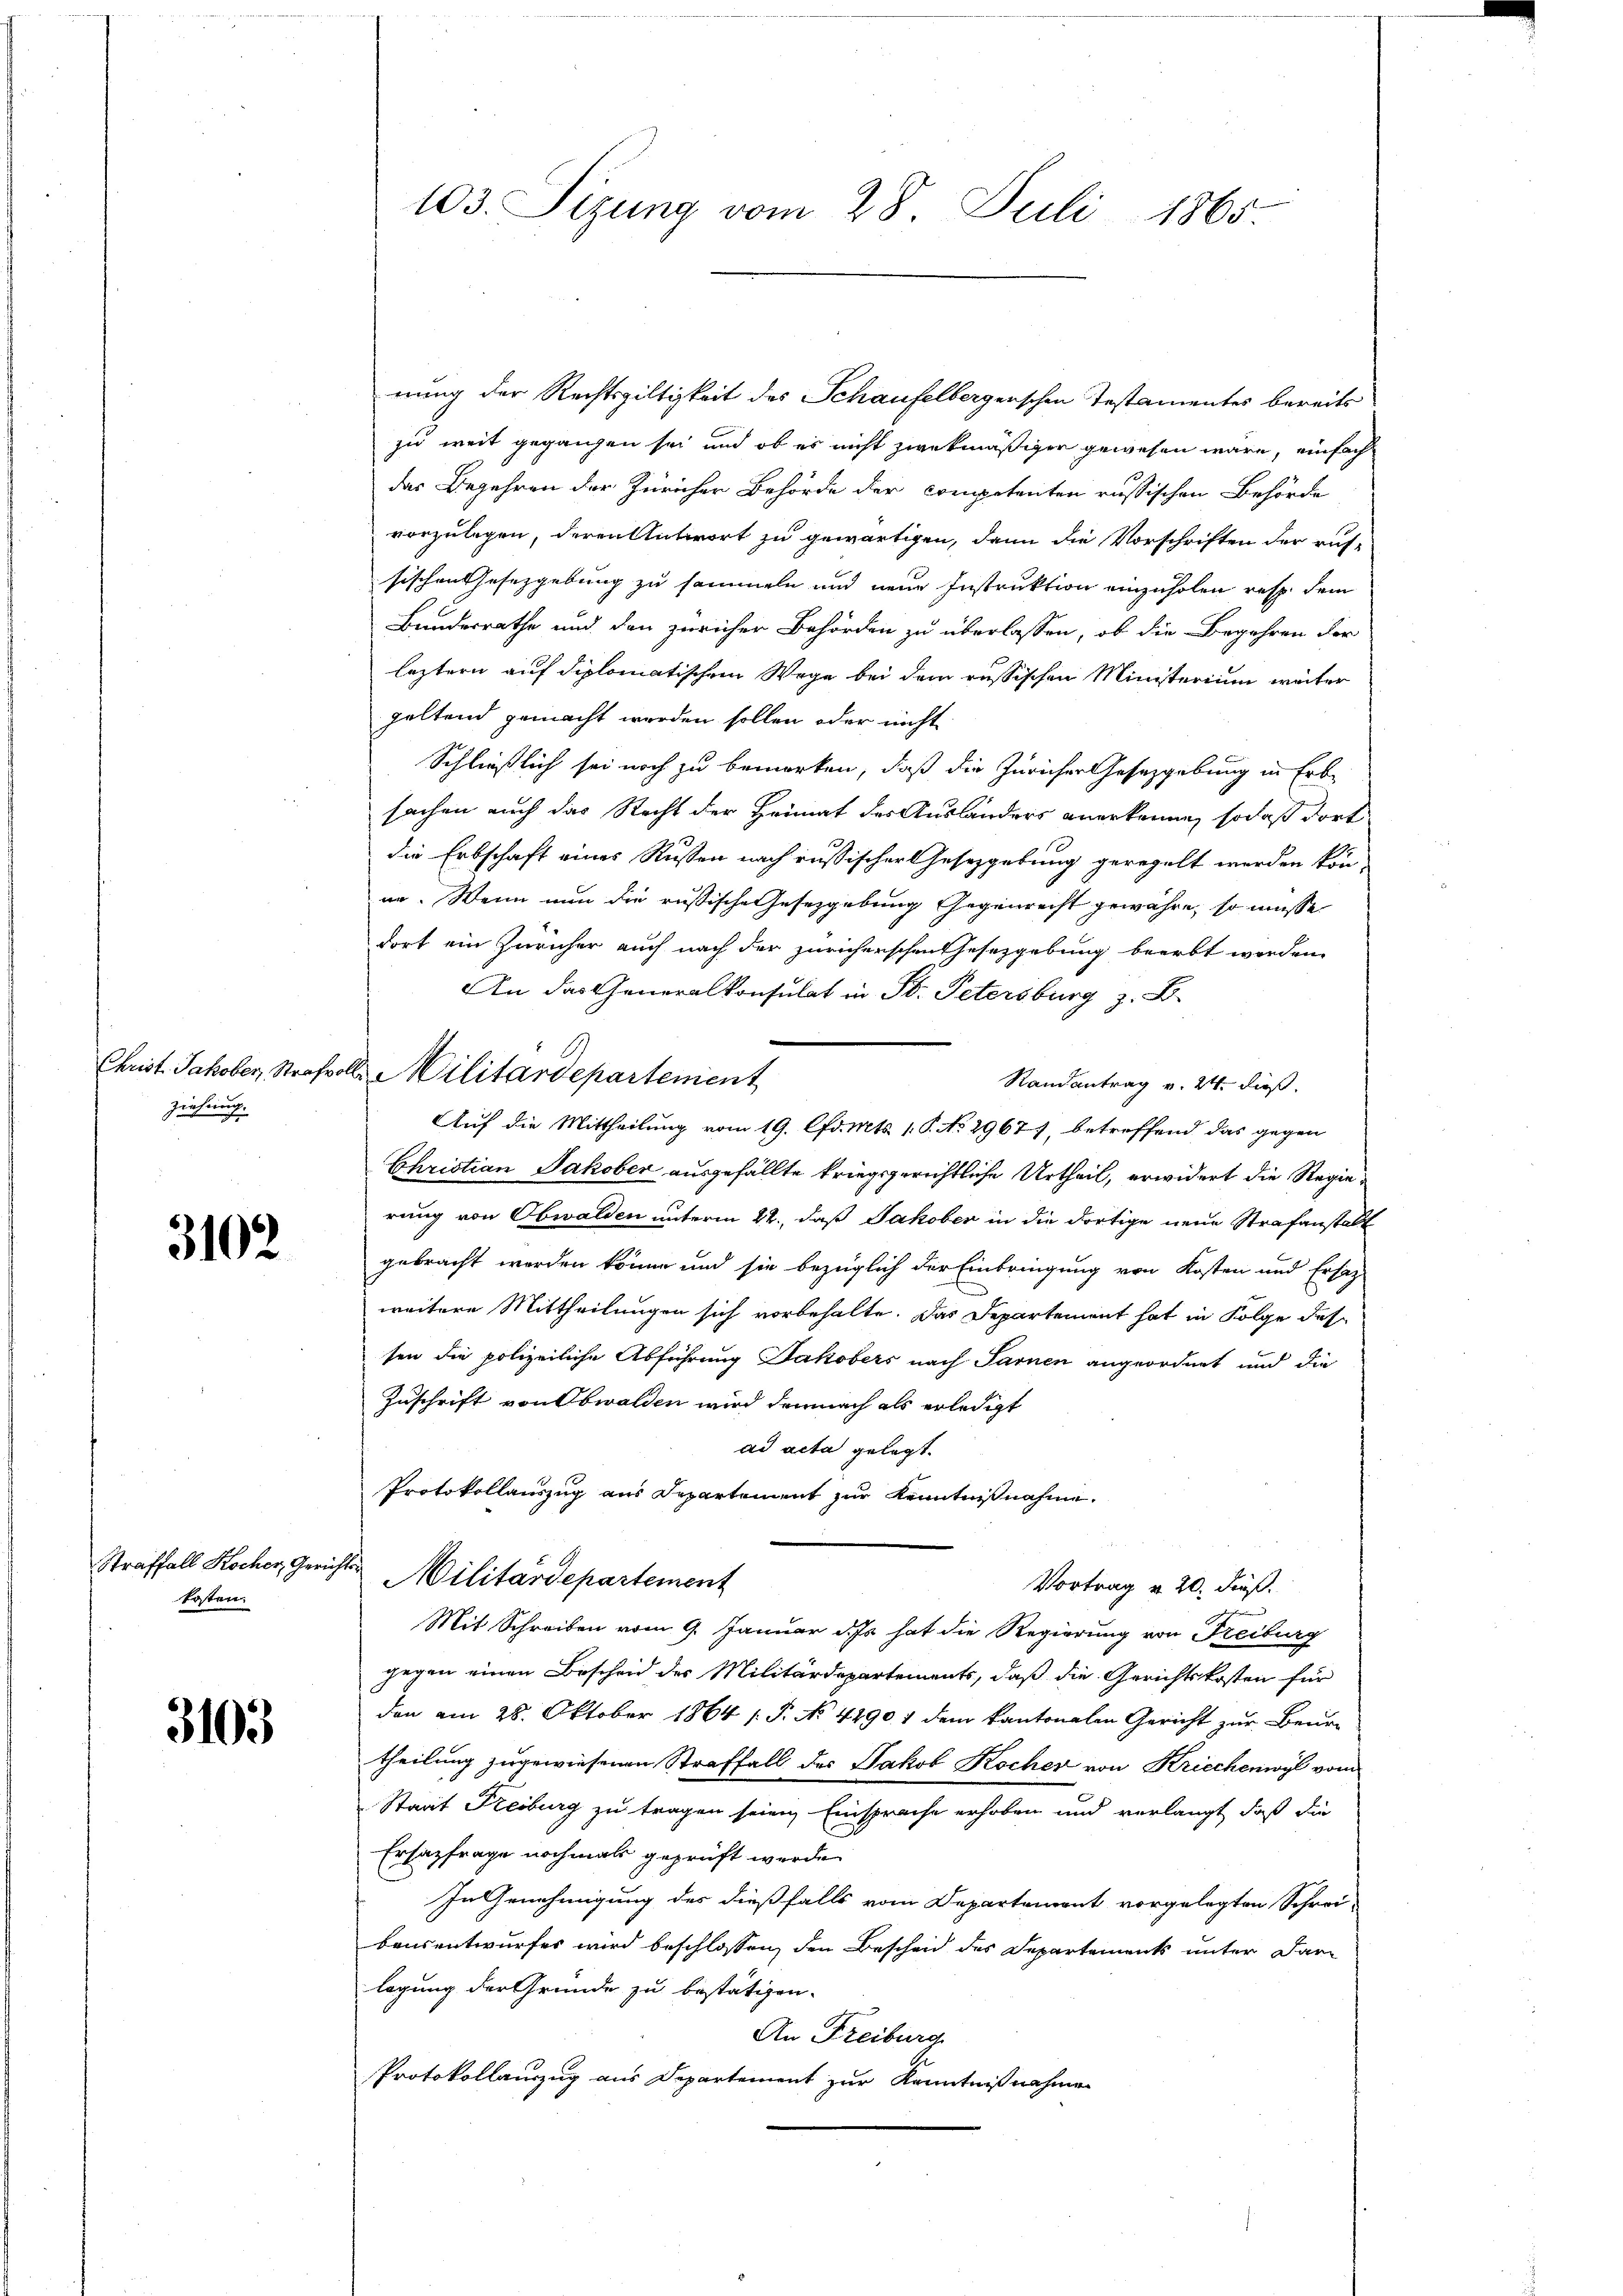
Christ. Jakober, Strafvor
ziehung.

3102

Straffall Kocher, Gerichtskosten.

3105

103. Sizung vom 28. Juli 1865.

nung der Rechtsgültigkeit des Schaufelbergenschen Testamentes bereits
zu weit gegangen sei, und ob es nicht zwekmäßigen gewesen wäre, einfach
das Begehren der Züricher Behörde der competenten russischen Behörde
vorzulegen, deren Antwort zu gewärtigen, dann die Vorschriften der rus-
sischen Gesetzgebung zu sammeln und neue Instruktion einzuholen resp. dem
Bundesrathe und den züricher Behörden zu überlassen, ob die Begehren der
leztern auf diplomatischem Wege bei dem russischen Ministerium weiter
geltend gemacht werden sollen oder nicht
Schließlich sei noch zu bemerken, daß die Züricher Gesetzgebung in Erbsachen auch das Recht der Heimat des Auslanders anerkenne, sodaß dort
die Erbschaft eines Russen nach russischer Gesetzgebung geregelt werden kön
ur. Wenn nun die russische Gesetzgebung Gegenrecht gewähre, so müsse
dort ein Züricher auch nach der Züricherschenthesezgebung beerbt werden.
An das Generalkonsulat in St. Petersburg z. B.
2 Militärdepartement
Randantrag v. 24. Fuß.
Auf die Mittheilung vom 19. Chr. Mts. 1. P. No 2967), betreffend das gegen
Christian Jakober ausgefällte kriegsgerichtliche Urtheil, erwidert die Regierung von Obwalden unterm 22., daß Jakober in die dortige neue Strafanstalt
gebracht worden könne und sie bezüglich der Einbringung von Kosten und Ersatz-
weitere Mittheilungen sich vorbehalte. Das Departement hat in Folge des
sen die polizeiliche Abführung Jakobers nach Sarnen angeordnet und die
Zuschrift von Obwalden wird demnach als erledigt
ad acta gelegt.
Protokollauszug aus Departement zur Kenntnißnahme.
Militärdepartement
Vortrag u. 20. dieß.
chchen
Mit Schreiben vom 9. Januar d. Es hat die Regierung von Freiburg
gegen einen Bescheid des Militärdepartements, daß die Gerichtskosten für
den am 28. Oktober 1864 s. S. No 44901 dem kantonalen Gericht zur Beurtheilung zugewiesenen Straffall des Jakob Kocher von Kriechenwyl vom
Staat Freiburg zu tragen seien, Einsprache erhoben und verlangt, daß die
Ersatzfrage nochmals geprüft werde.
In Genehmigung des dießfalls vom Departement vorgelegten Schrei-
bausentwurfes wird beschlossen, den Bescheid des Departements unter Darlagung der Grunde zu bestätigen.
An Freiburg
Protokollauszug aus Departement zur Kenntnißnahmen